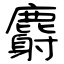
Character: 麝